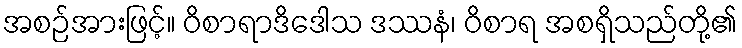
အစဉ်အားဖြင့်။ ဝိစာရာဒိဒေါသ ဒဿနံ၊ ဝိစာရ အစရှိသည်တို့၏